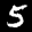
Label: 5